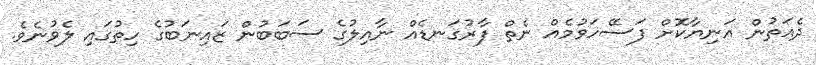
ދެއަތުން އަނިޔާކޮށް ފަސޭހަވުމެއް ނެތް ފާރުގަނޑެއް ނާއިލުގެ ސަބަބުން ޒައިނަބުގެ ހިތުގައި ލެވުނެވެ.